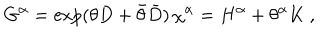
LaTeX: G ^ { \alpha } = \exp ( \theta D + \bar { \theta } \bar { D } ) \, \chi ^ { \alpha } = H ^ { \alpha } + \theta ^ { \alpha } K \ ,